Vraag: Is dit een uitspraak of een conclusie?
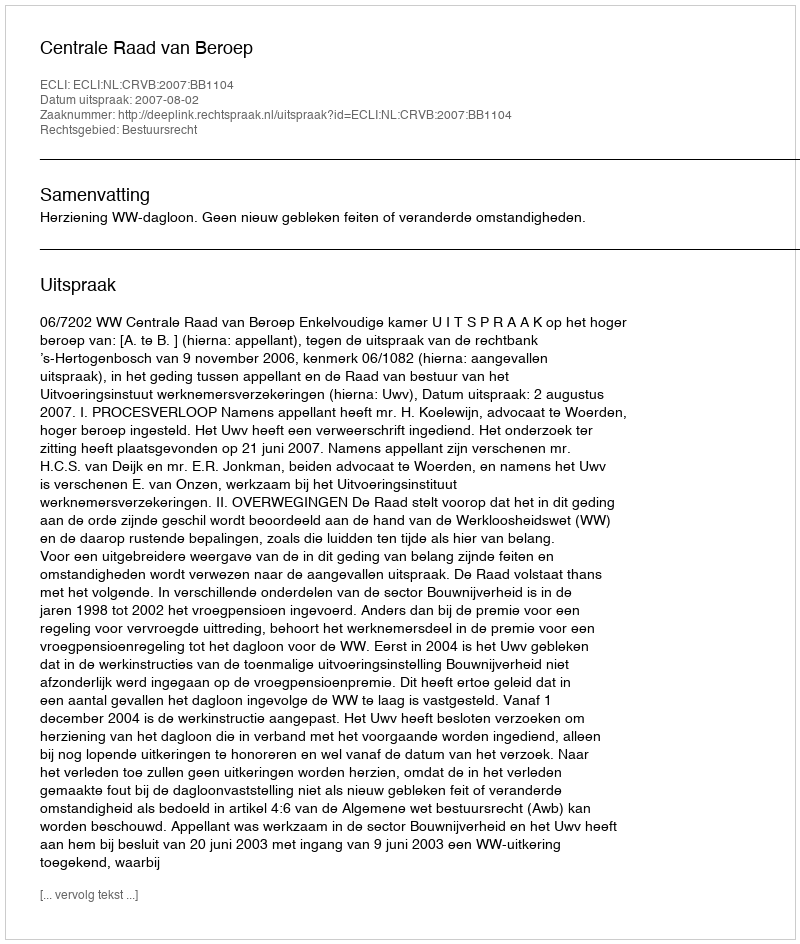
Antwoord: Uitspraak